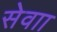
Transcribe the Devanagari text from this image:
सेवाा